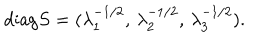
\mathrm { d i a g } S = ( \lambda _ { 1 } ^ { - 1 / 2 } , \, \lambda _ { 2 } ^ { - 1 / 2 } , \, \lambda _ { 3 } ^ { - 1 / 2 } ) .